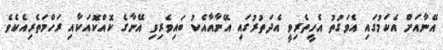
އޭނާއަށް އެކަމުގައި އެވަގުތު އެހީތެރިވީ އެދަތުރުގައި އޭނާއާއެކު ބައިވެރިވި އޭނާގެ ކޮއްކޮއަކާއި ރަހްމަތެރިއެކެވެ.